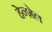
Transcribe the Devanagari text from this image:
हेन्शेल